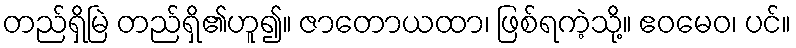
တည်ရှိမြဲ တည်ရှိ၏ဟူ၍။ ဇာတောယထာ၊ ဖြစ်ရကဲ့သို့။ ဧဝမေဝ၊ ပင်။